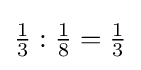
{\tfrac {1}{3}}:{\tfrac {1}{8}}={\tfrac {1}{3}}